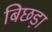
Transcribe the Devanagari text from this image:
बिछड़ा